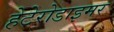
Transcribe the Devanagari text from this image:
हेटेरोडाइमर